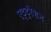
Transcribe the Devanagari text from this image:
एट्ट्रीशन